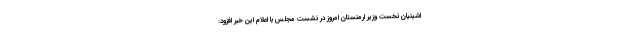
اشینیان نخست وزیر ارمنستان امروز در نشست مجلس با اعلام این خبر افزود: